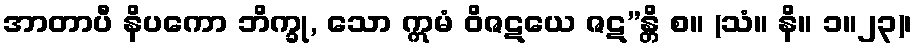
အာတာပီ နိပကော ဘိက္ခု, သော ဣမံ ဝိဇဋယေ ဇဋ”န္တိ စ။ (သံ။ နိ။ ၁။၂၃)၊